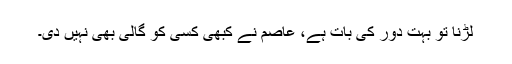
لڑنا تو بہت دور کی بات ہے، عاصم نے کبھی کسی کو گالی بھی نہیں دی۔